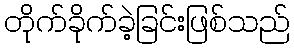
တိုက်ခိုက်ခဲ့ခြင်းဖြစ်သည်